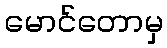
မောင်တောမှ